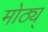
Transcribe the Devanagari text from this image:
मोठ्य्